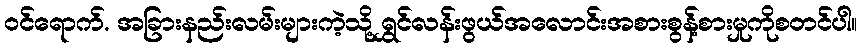
ဝင်ရောက်. အခြားနည်းလမ်းများကဲ့သို့ရွှင်လန်းဖွယ်အလောင်းအစားစွန့်စားမှုကိုစတင်ပါ။